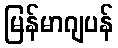
မြန်မာဂျပန်